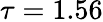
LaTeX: \tau=1.56